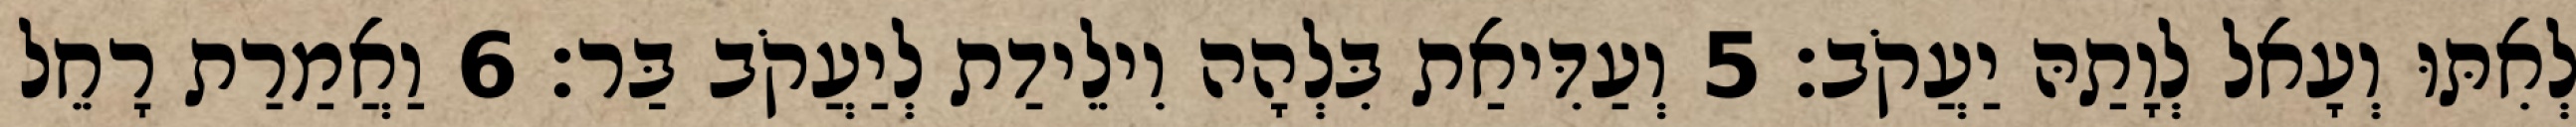
לְאִתּוּ וְעָאל לְוָתַהּ יַעֲקֹב׃ 5 וְעַדִּיאַת בִּלְהָה וִילֵידַת לְיַעֲקֹב בַּר׃ 6 וַאֲמַרַת רָחֵל